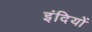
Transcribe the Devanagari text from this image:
इंदियों